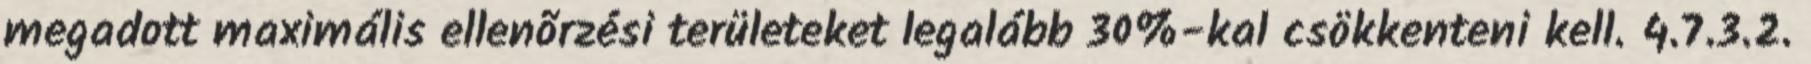
megadott maximális ellenõrzési területeket legalább 30%-kal csökkenteni kell. 4.7.3.2.